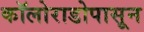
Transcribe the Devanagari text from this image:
कॉलोराडोपासून